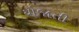
યોજાતી